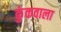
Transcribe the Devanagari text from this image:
कुंकवाला